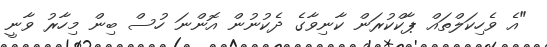
"އެ ވެހިކަލްތައް ޕާކްކުރަން ކާނިވާގެ ދެކުނުން އޮންނަ ހުސް ބިން މިހާރު ވާނީ